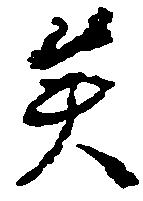
矣